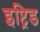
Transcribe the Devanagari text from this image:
इप्ट्रिड